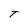
Character: T